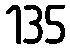
135